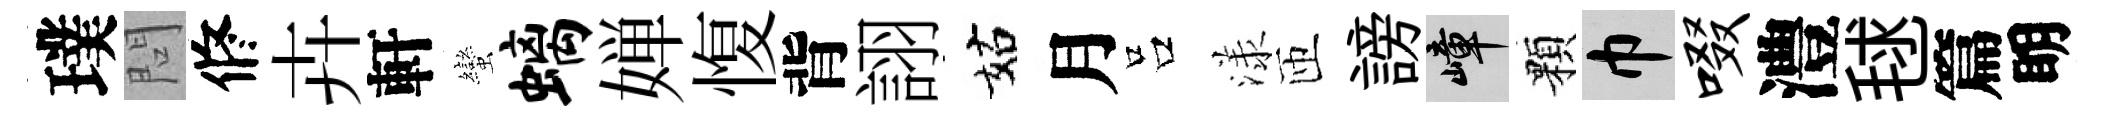
璞問修卉軒蠻螭婵愎背詡姑月吕漾匝謗嶂顆巾啜澧毬篇眀